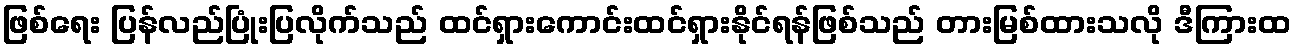
ဖြစ်ရေး ပြန်လည်ပြုံးပြလိုက်သည် ထင်ရှားကောင်းထင်ရှားနိုင်ရန်ဖြစ်သည် တားမြစ်ထားသလို ဒီကြားထ